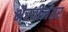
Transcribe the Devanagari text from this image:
भैरवीनंतर